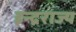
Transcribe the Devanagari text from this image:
इन्द्रराज्य